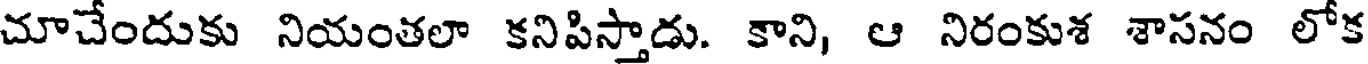
చూచేందుకు నియంతలా కనిపిస్తాడు. కాని, ఆ నిరంకుశ శాసనం లోక